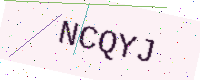
Text: NCQYJ